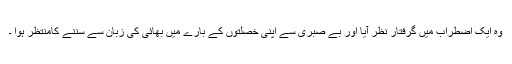
وہ ایک اضطراب میں گرفتار نظر آیا اور بے صبری سے اپنی خصلتوں کے بارے میں بھائی کی زبان سے سننے کامنتظر ہوا ۔